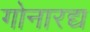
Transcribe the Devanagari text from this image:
गोनारद्य